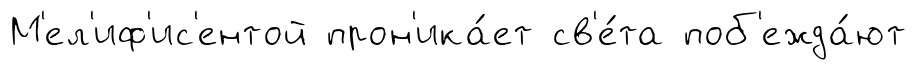
М'ел'иф'ис'ентой прон'ика́ет св'е́та поб'ежда́ют